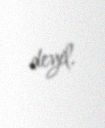
deyil.